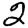
Digit: 2